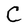
Character: C